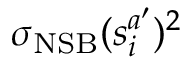
\sigma _ { \mathrm { N S B } } ( s _ { i } ^ { a ^ { \prime } } ) ^ { 2 }